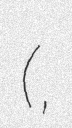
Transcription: (ブレイブビーツ,